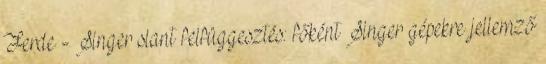
Ferde - Singer slant felfüggesztés: főként Singer gépekre jellemző